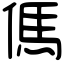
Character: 傌